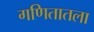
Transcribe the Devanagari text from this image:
गणितातला